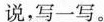
说，写一写。